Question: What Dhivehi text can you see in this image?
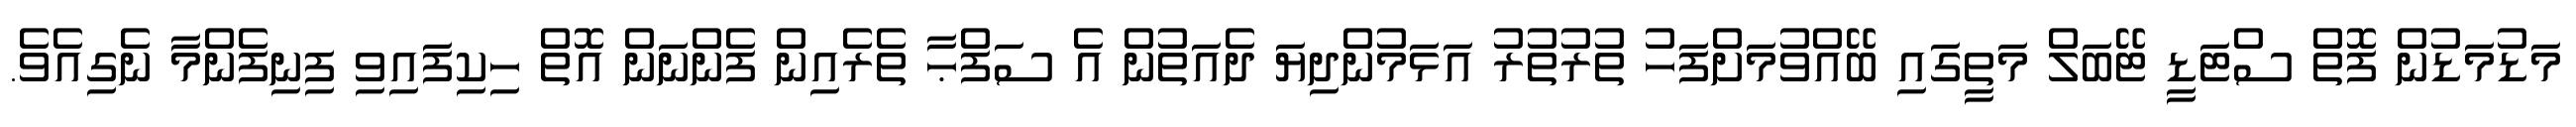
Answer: މަޑުމަޑުން ފޮތް ސްޓަޑީ ޓޭބަލް މަތީގައި ބޭއްވުމަށްފަހު ތުރުތުރު އަޅަމުންދިޔަ ދެއަތުން އެ ސަފްޙާ ތެރެއިން ފެންނަން އޮތް ހިކިފައިވި ފިނިފެންމާ ނެގިއެވެ.